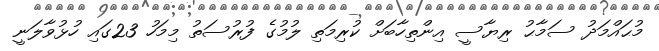
މުޙައްމަދު ސަމާޙު ރިޔާސީ އިންތިހާބަށް ކުރިމަތި ލުމުގެ ފުރުސަތު މިމަހު 23ގައި ހުޅުވާލަނީ